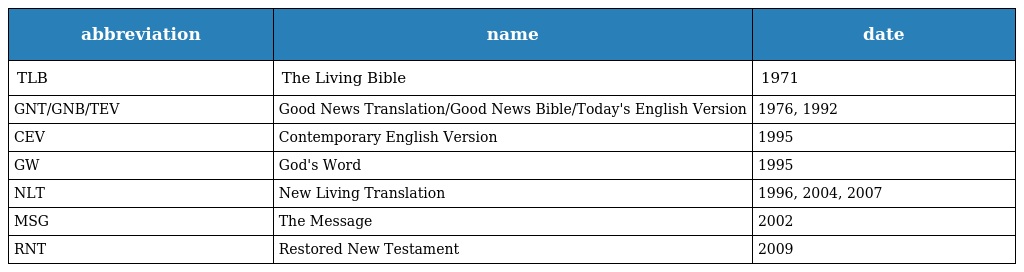
| abbreviation | name | date |
 | --- | --- | --- |
 | TLB | The Living Bible | 1971 |
 | GNT/GNB/TEV | Good News Translation/Good News Bible/Today's English Version | 1976, 1992 |
 | CEV | Contemporary English Version | 1995 |
 | GW | God's Word | 1995 |
 | NLT | New Living Translation | 1996, 2004, 2007 |
 | MSG | The Message | 2002 |
 | RNT | Restored New Testament | 2009 |